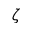
\zeta